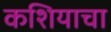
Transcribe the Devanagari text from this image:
कशियाचा